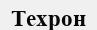
Техрон